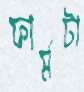
ফার্মটা